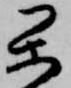
閑